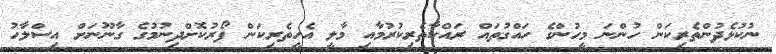
ނުކުޅެދުންތެރިކަން ހުންނަ މީހުންގެ ހައްގުތައް ރައްކާތެރިކުރުމާއި މާލީ އެހީތެރިކަން ފޯރުކޮށްދިނުމުގެ ގާނޫނަށް އިސްލާހު